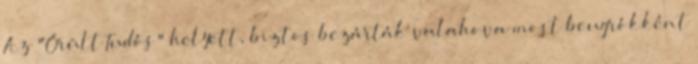
Az "Örült Tudós" helyett, biztos bezárták valahova most beugrókként